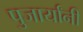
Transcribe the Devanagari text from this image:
पुजार्यांनी